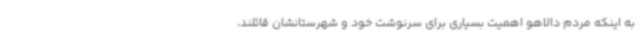
به اینکه مردم دالاهو اهمیت بسیاری برای سرنوشت خود و شهرستانشان قائلند،